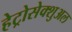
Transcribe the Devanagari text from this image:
हेट्रोसेक्शुअल